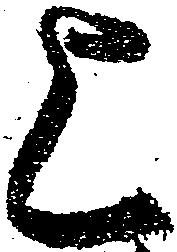
上